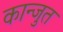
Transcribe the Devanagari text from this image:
कान्जुत